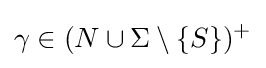
\gamma \in (N\cup \Sigma \setminus \{S\})^{+}